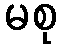
မစု